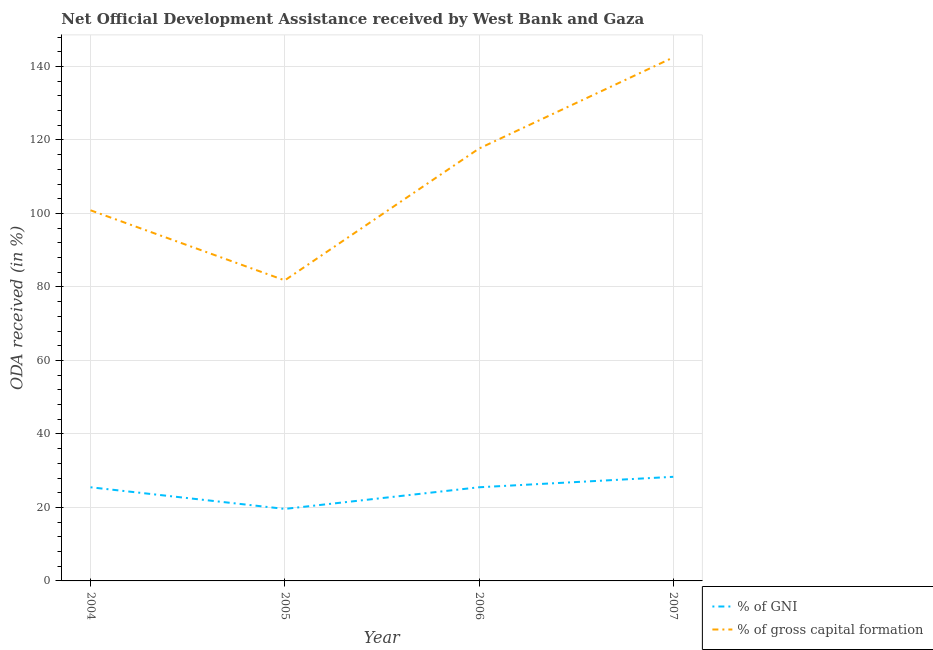
| Year | % of GNI | % of gross capital formation |
 | --- | --- | --- |
 | 2004 | 25.5 | 101 |
 | 2005 | 19.6 | 81.8 |
 | 2006 | 25.5 | 118 |
 | 2007 | 28.3 | 142 |